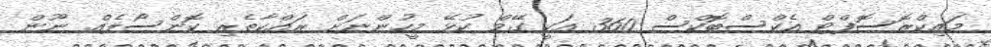
މައިކްރޮސޮފްޓް އެކްސްބޮކްސް 360 އަކީ ގޭމް ކުޅޭ މީހުންނަށް ރައްކާތެރި ކޮންސޯލެއް ނޫން